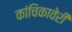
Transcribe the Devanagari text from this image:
कांचिकावेरी